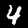
Label: 4